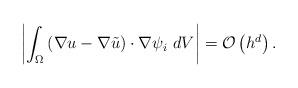
LaTeX: \begin{align*}\left\vert \int_{\Omega}\left(\nabla u-\nabla\tilde{u}\right)\cdot\nabla\psi_{i}\ dV\right\vert =\mathbb{\mathcal{O}}\left(h^{d}\right).\end{align*}